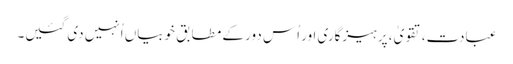
عبادت، تقویٰ، پرہیزگاری اور اُس دور کے مطابق خوبیاں اُنہیں دی گئیں۔